Annual report on the Civil Veterinary Department, Burma (including the Insein Veterinary School) - 1923-1931
Year: 1923
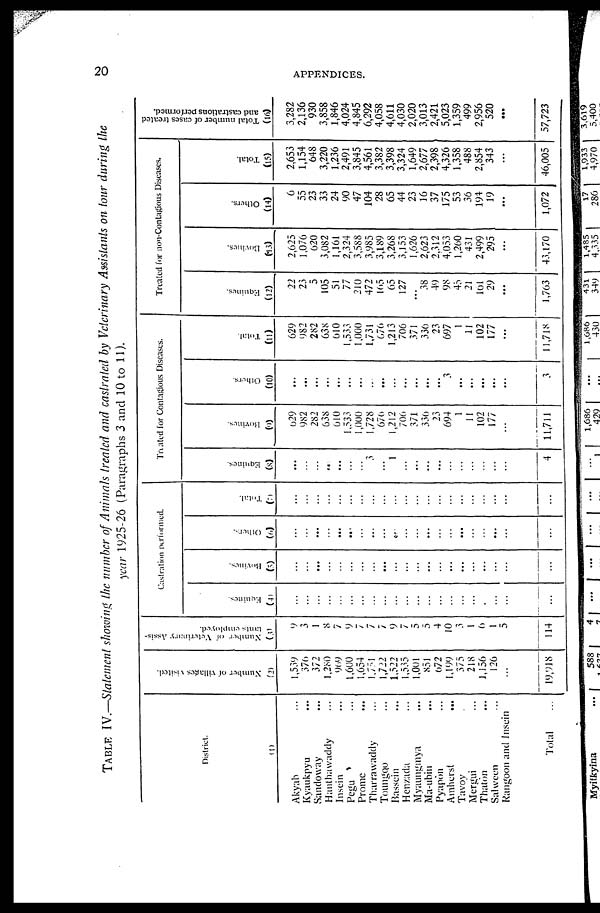
20
APPENDICES.
TABLE IV.—Statement showing the number of Animals treated and castrated by Veterinary Assistants on tour during the
year 1925-26 (Paragraphs 3 and 10 to 11).
District.
(1)
Akyab ...
Kyaukpyu
...
Sandoway ...
Hanthawaddy ...
Insein ...
Pegu ...
Prome
...
Tharrawaddy ...
Toungoo ...
Bassein ...
Henzada ...
Myaungmya ...
Ma-ubin ...
Pyapôn ...
Amherst
...
Tavoy ...
Mergui ...
Thaôn ...
Salween ...
Rangoon and Insein
Total ...
Number of villages visited.
(2)
1,539
370
372
1,280
909
1,600
1,654
1,751
1,722
1,522
1,535
1,001
851
672
1,199
375
218
1,156
126
...
19,918
Number of Veterinary Assis-
tants employed.
(3)
9
3
1
8
7
9
7
7
7
9
7
5
5
4
10
3
1
6
1
5
114
Castration performed.
Equines.
(4)
...
...
...
...
...
...
...
...
...
...
...
...
...
...
...
...
...
.
...
...
Bovines.
(5)
...
...
...
...
...
...
...
...
...
...
...
...
...
...
...
...
...
...
...
...
...
Others.
(6)
...
...
...
...
...
...
...
...
...
...
...
...
...
...
...
...
...
...
...
...
Total.
(7)
...
...
...
...
...
...
...
...
...
...
...
...
...
...
...
...
...
...
...
...
Treated for Contagious Diseases.
Equines.
(8)
...
...
...
...
...
...
...
3
...
1
...
...
...
...
...
...
...
...
...
...
4
Bovines.
(9)
629
982
282
638
610
1,533
1,000
1,728
676
1,212
706
371
330
23
694
1
11
102
177
...
11,711
Others.
(10)
...
...
...
...
...
...
...
...
...
...
...
...
...
...
3
...
...
...
...
...
3
Total.
(11)
629
982
282
638
010
1,533
1,000
1,731
676
1,213
706
371
336
23
697
1
11
102
177
...
11,718
Treated for non-Contagious Diseases.
Equines.
(12)
22
23
5
105
51
77
210
472
105
65
127
...
38
49
98
45
21
161
29
...
1,763
Bovines.
(13)
2,625
1,076
620
3,082
1,161
2,324
3,588
3,985
3,189
3,268
3,153
1,626
2,623
2,312
4,053
1,260
431
2,499
295
...
43,170
Others.
(14)
6
55
23
33
24
90
47
104
28
65
44
23
16
37
175
53
36
194
19
...
1,072
Total.
(15)
2,653
1,154
648
3,220
1,236
2,491
3,845
4,561
3,382
3,398
3,324
1,649
2,677
2,398
4,326
1,358
488
2,854
343
...
46,005
Total number of cases treated
and castrations performed.
(16)
3,282
2,136
930
3,858
1,846
4,024
4,845
6,292
4,058
4,611
4,030
2,020
3,013
2,421
5,023
1,359
499
2,956
520
...
57,723